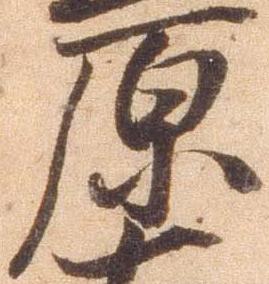
原